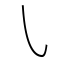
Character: ㇂